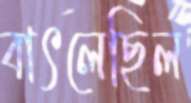
বাৎলেছিল